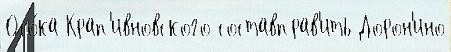
Осо́ка Крап'ивновского составправ'ить Дорон'ино